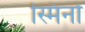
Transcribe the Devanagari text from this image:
स्मिर्ना